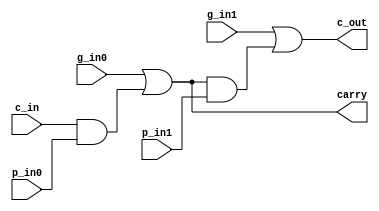
module CLA32clg(c_out,                              
                 carry,                              
                 p_in0,                              
                 g_in0,                              
                 p_in1,                              
                 g_in1,                              
                 c_in                                
                 ) ;                                 
                                                     
 parameter CA_WIDTH = 1 ;                            
 parameter C_1 = 0 ;                                 
                                                     
 output                c_out ;                       
 output[CA_WIDTH-1:0]  carry ;                       
                                                     
 input                 p_in0 ;                       
 input                 g_in0 ;                       
 input                 p_in1 ;                       
 input                 g_in1 ;                       
 input                 c_in ;                        
 	                                                   
 	//                                                 
 	assign carry[C_1] = g_in0|(c_in&p_in0) ;           
                                                     
 	assign c_out = g_in1|(carry[C_1]&p_in1) ;          
 	                                                   
                                                     
 endmodule